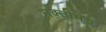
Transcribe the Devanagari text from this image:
भक्तीमय